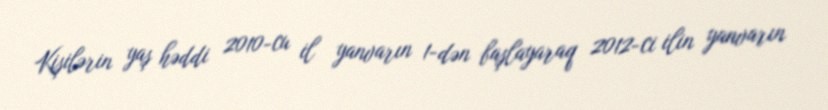
Kişilərin yaş həddi 2010-cu il yanvarın 1-dən başlayaraq 2012-ci ilin yanvarın